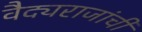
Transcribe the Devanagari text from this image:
वैद्यराजांची